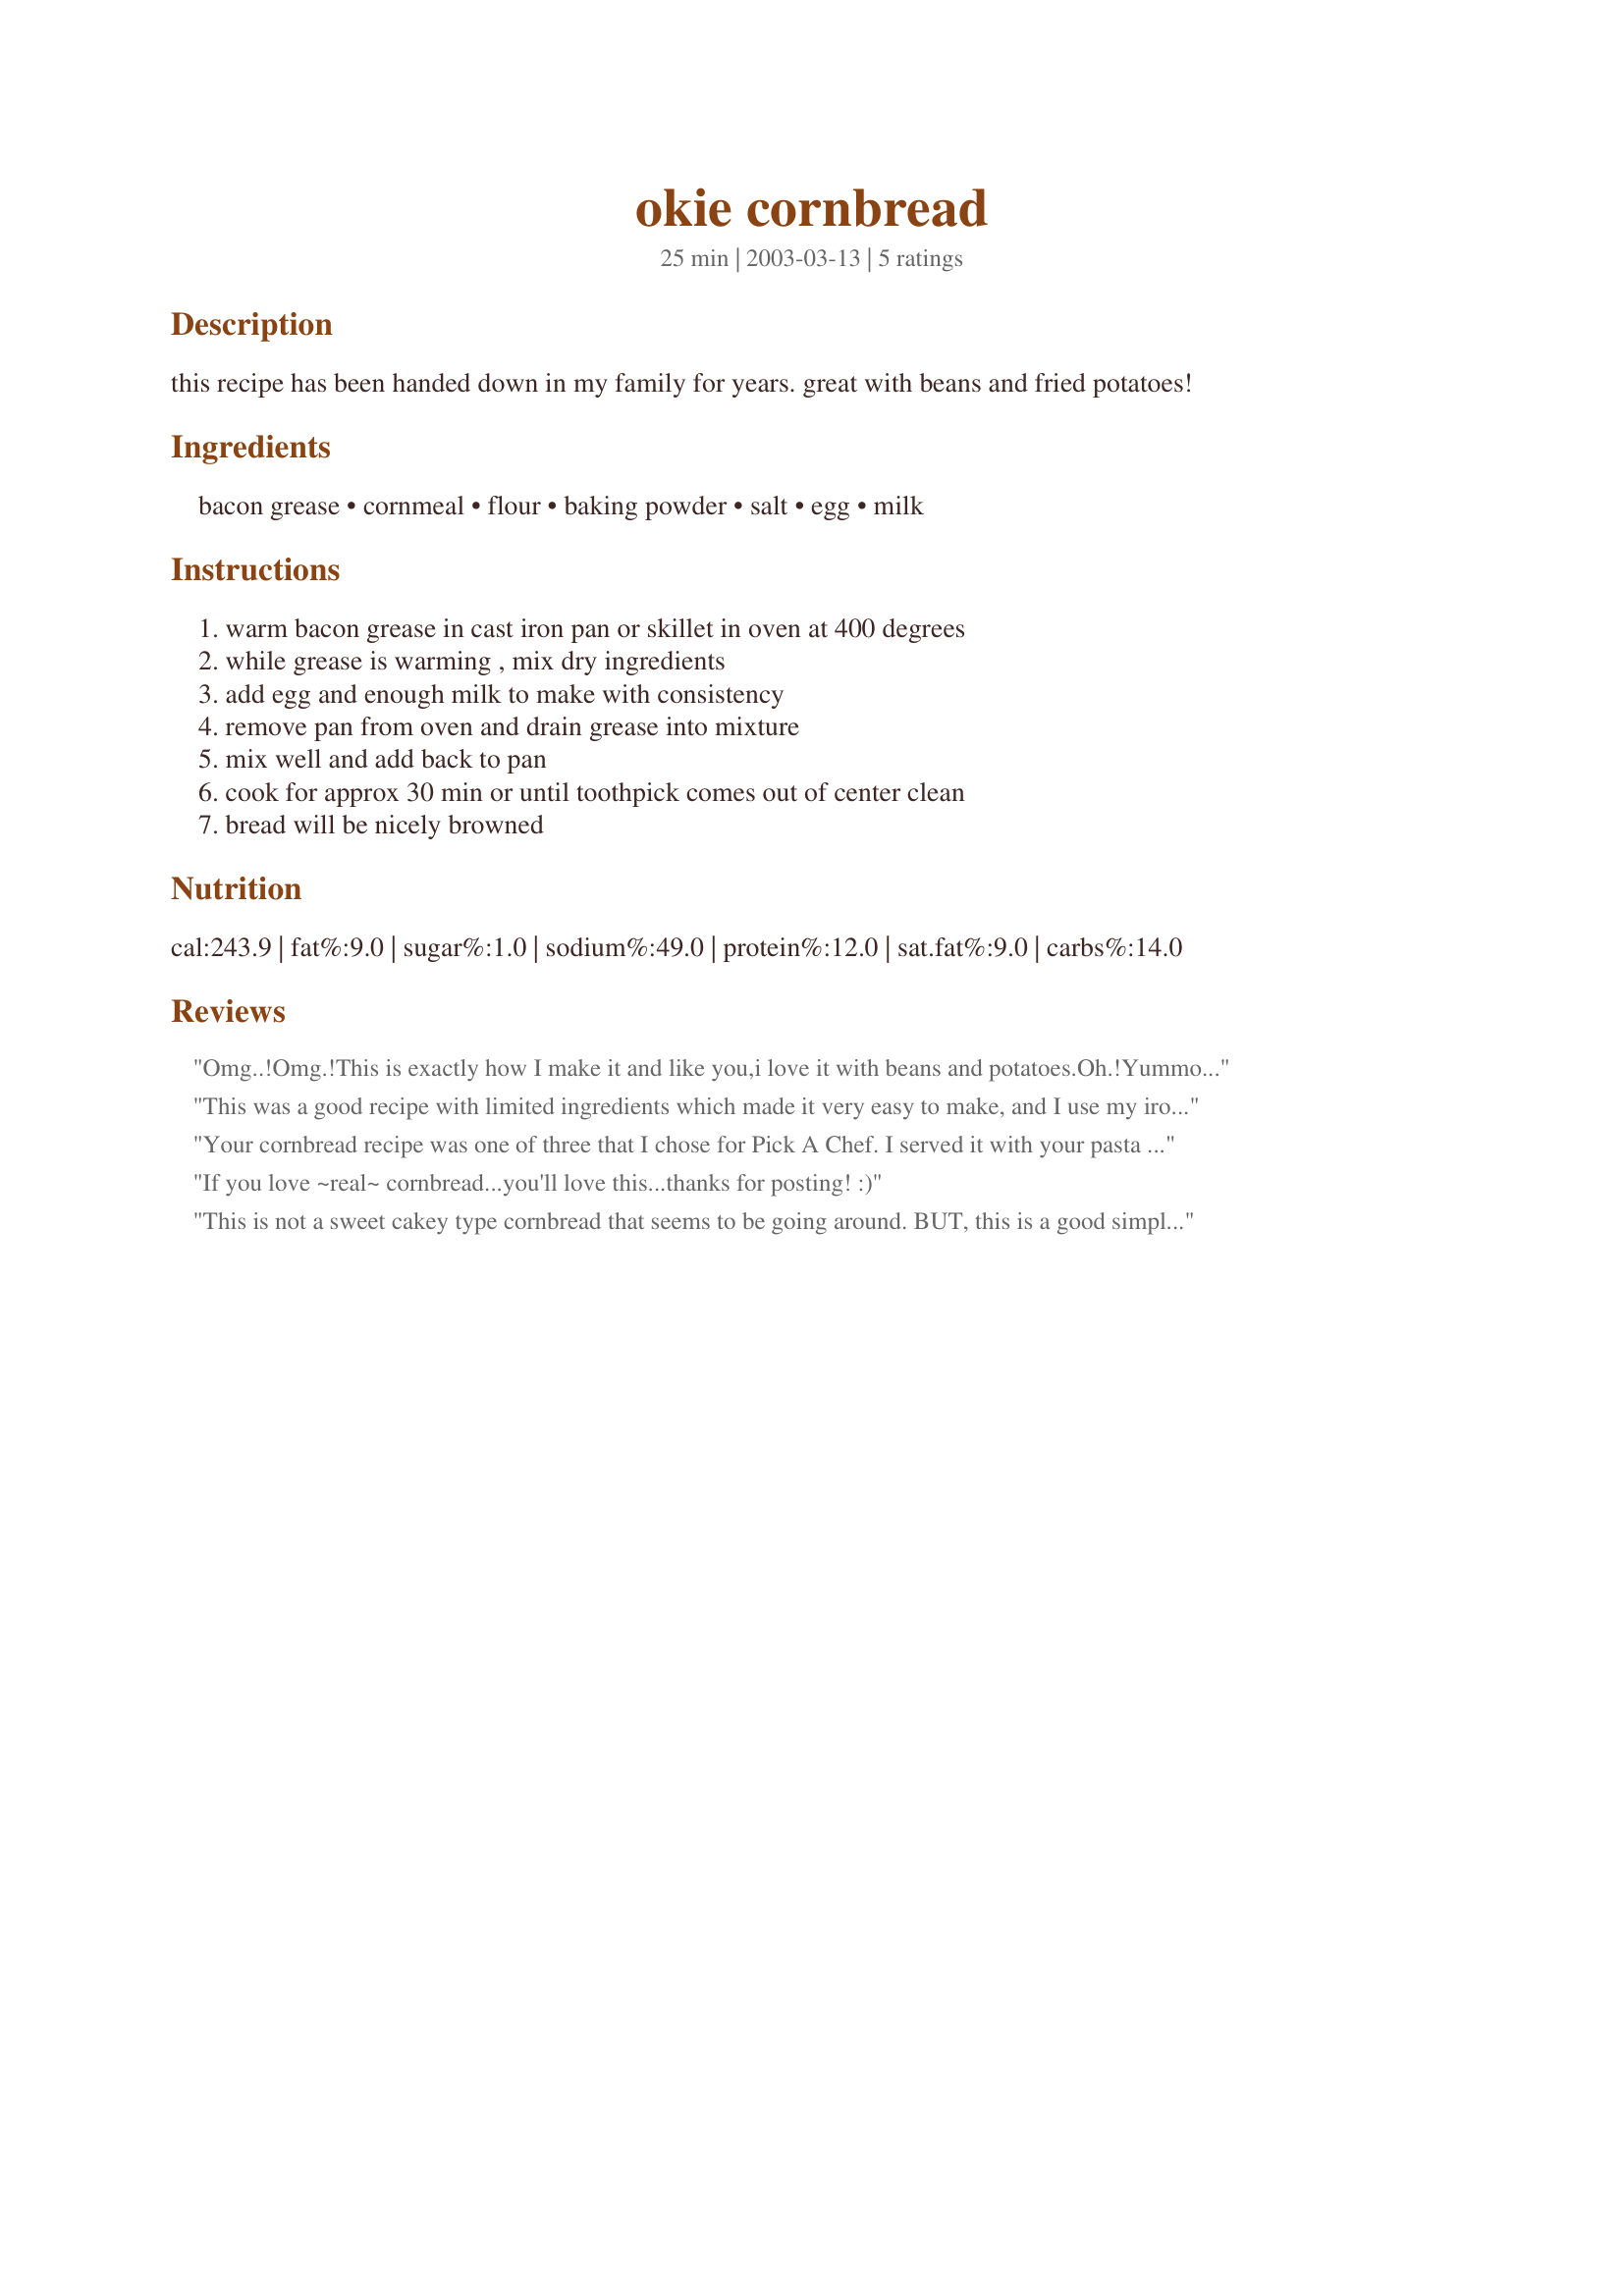
okie cornbread
Preparation time: 25 minutes

this recipe has been handed down in my family for years. great with beans and fried potatoes!

Ingredients:
bacon grease, cornmeal, flour, baking powder, salt, egg, milk

Steps:
warm bacon grease in cast iron pan or skillet in oven at 400 degrees, while grease is warming , mix dry ingredients, add egg and enough milk to make with consistency, remove pan from oven and drain grease into mixture, mix well and add back to pan, cook for approx 30 min or until toothpick comes out of center clean, bread will be nicely browned

Reviews:
Omg..!Omg.!This is exactly how I make it and like you,i love it with beans and potatoes.Oh.!Yummo!To die for,no,i dont want sugar in my cornbread,if I wanted cake.Id make cake.Lol.This recipe is perfect.,i have your fabreze recipe in my tips book,but this tastes so much better.Lol.Thanks big sis,and I love your pic,grey hair and all.
This was a good recipe with limited ingredients which made it very easy to make, and I use my iron skillet for baking many recipes,so I was right at home making this recipe.Thanks for a good recipe.
Darlene Summers
Your cornbread recipe was one of three that I chose for Pick A Chef.
I served it with your pasta e fagioli for company.

I also cook my cornbread in an iron skillet. We are use to a sweeter cornbread, so this was very nice for a change. I liked the addition of the bacon drippings added to the batter. 

Thanks for submitting this and giving me a chance to try it.

If you love ~real~ cornbread...you'll love this...thanks for posting! :)
This is not a sweet cakey type cornbread that seems to be going around. BUT, this is a good simple recipe. Like Irish Rose, I do prefer sugar in my cornbread so I added about 1 1/2 tablespoons and roughly about 3/4 to 1 cup of milk. It's a not too dense cornbread that is very good.
thanks!
